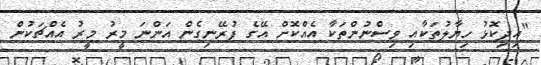
"އިދިކޮޅު ހިޔާލުތަކާއި ވިސްނުންތަކާ އެއްކޮށް އޭގެ ފުރޭނިގެން އަންނަ މީރު މީރު އެއްޗަކުން